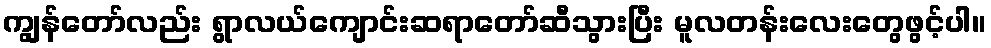
ကျွန်တော်လည်း ရွာလယ်ကျောင်းဆရာတော်ဆီသွားပြီး မူလတန်းလေးတွေဖွင့်ပါ။